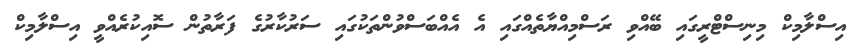
އިސްލާމިކް މިނިސްޓްރީގައި ބޭއްވި ރަސްމިއްޔާތެއްގައި އެ އެއްބަސްވުންތަކުގައި ސަރުކާރުގެ ފަރާތުން ސޮއިކުރެއްވީ އިސްލާމިކް